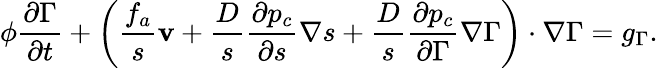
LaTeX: \phi\frac{\partial\Gamma}{\partial t}+\left(\frac{f_{a}}{s}{{\mathbf v}}+\frac{D}{s}\frac{\partial p_{c}}{\partial s}{\mathbf\nabla}s+\frac{D}{s}\frac{\partial p_{c}}{\partial\Gamma}{\mathbf\nabla}\Gamma\right)\cdot{\mathbf\nabla}\Gamma=g_{\Gamma}.